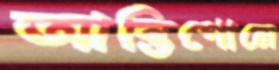
আন্তিগোনে